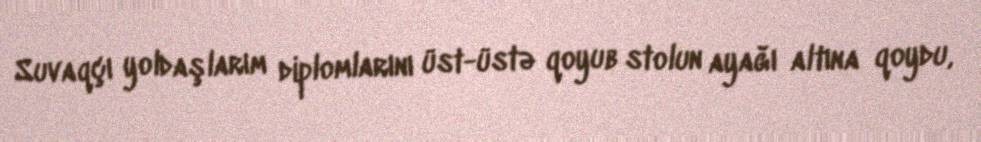
Suvaqçı yoldaşlarım diplomlarını üst-üstə qoyub stolun ayağı altına qoydu,